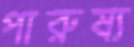
পারুষ্য